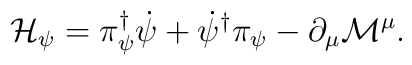
{\cal H}_{\psi }=\pi _{\psi }^{\dagger }\dot{\psi }+\dot {\psi }^{\dagger }\pi _{\psi } - \partial_{\mu}{\cal M}^{\mu} .